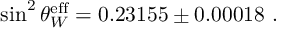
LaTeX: \sin ^ { 2 } \theta _ { W } ^ { \mathrm { e f f } } = 0 . 2 3 1 5 5 \pm 0 . 0 0 0 1 8 ~ .